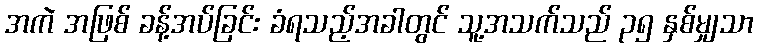
အကဲ အဖြစ် ခန့်အပ်ခြင်း ခံရသည့်အခါတွင် သူ့အသက်သည် ၃၅ နှစ်မျှသာ